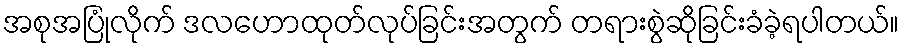
အစုအပြုံလိုက် ဒလဟောထုတ်လုပ်ခြင်းအတွက် တရားစွဲဆိုခြင်းခံခဲ့ရပါတယ်။